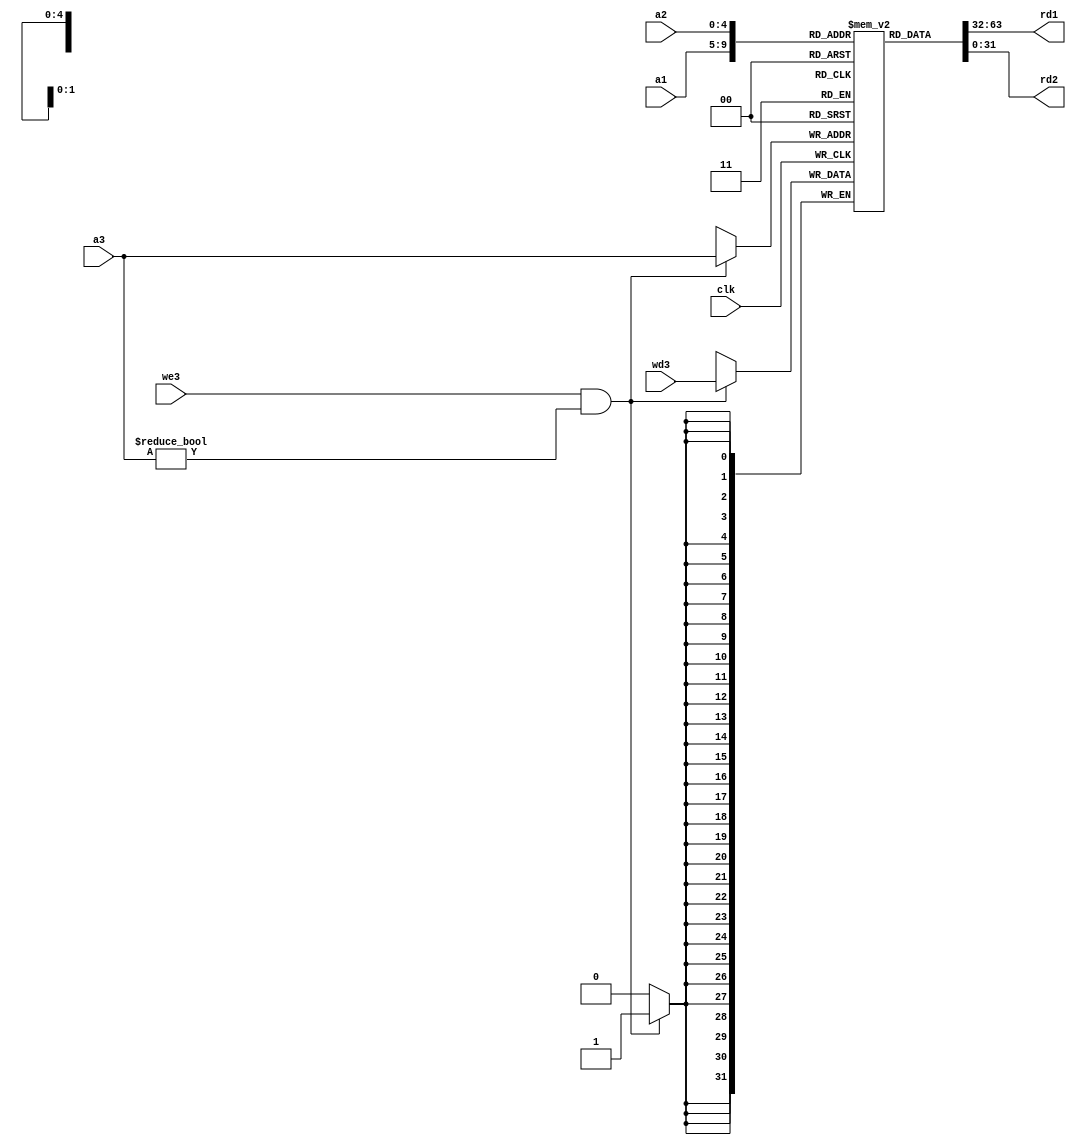
module registers_file (
  input wire [4:0] a1, a2, a3, 
  input wire [31:0] wd3, 
  input wire we3, clk,
  output wire [31:0] rd1, rd2
);
  reg [31:0] registers [0:31];

  integer i;
  initial begin
    registers[0] = 0;
  end

  always @(posedge clk) begin
    if (we3 && a3 != 0) begin
      registers[a3] = wd3;
    end
  end

  assign rd1 = registers[a1];
  assign rd2 = registers[a2];
endmodule